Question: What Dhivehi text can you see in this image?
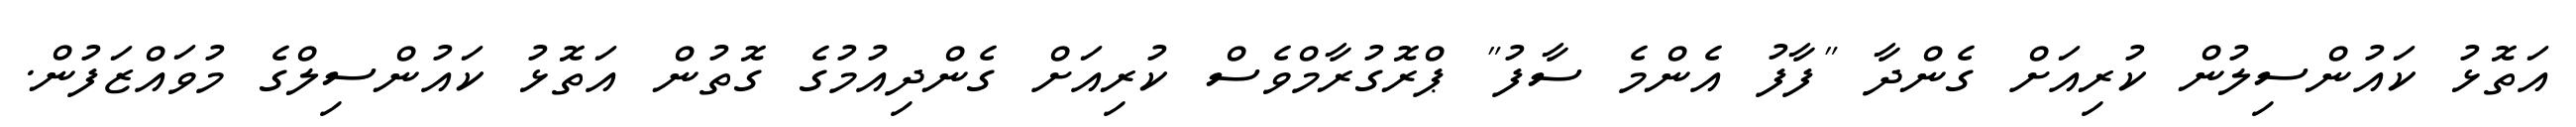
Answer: އަތޮޅު ކައުންސިލުން ކުރިއަށް ގެންދާ "ފާފު އެންމެ ސާފު" ޕްރޮގުރާމްވެސް ކުރިއަށް ގެންދިއުމުގެ ގޮތުން އަތޮޅު ކައުންސިލްގެ މުވައްޒަފުން.